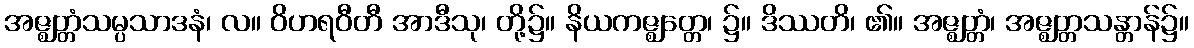
အဇ္ဈတ္တံသမ္ပသာဒနံ၊ လ။ ဝိဟရဝီတီ အာဒီသု၊ တို့၌။ နိယကဇ္ဈတ္တေ၊ ၌။ ဒိဿတိ၊ ၏။ အဇ္ဈတ္တံ၊ အဇ္ဈတ္တသန္တာန်၌။